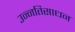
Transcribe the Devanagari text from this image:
उन्नतिसाधन